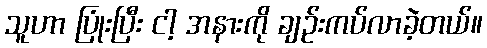
သူဟာ ပြုံးပြီး ငါ့ အနားကို ချဉ်းကပ်လာခဲ့တယ်။